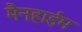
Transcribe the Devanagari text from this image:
मैनहाईम